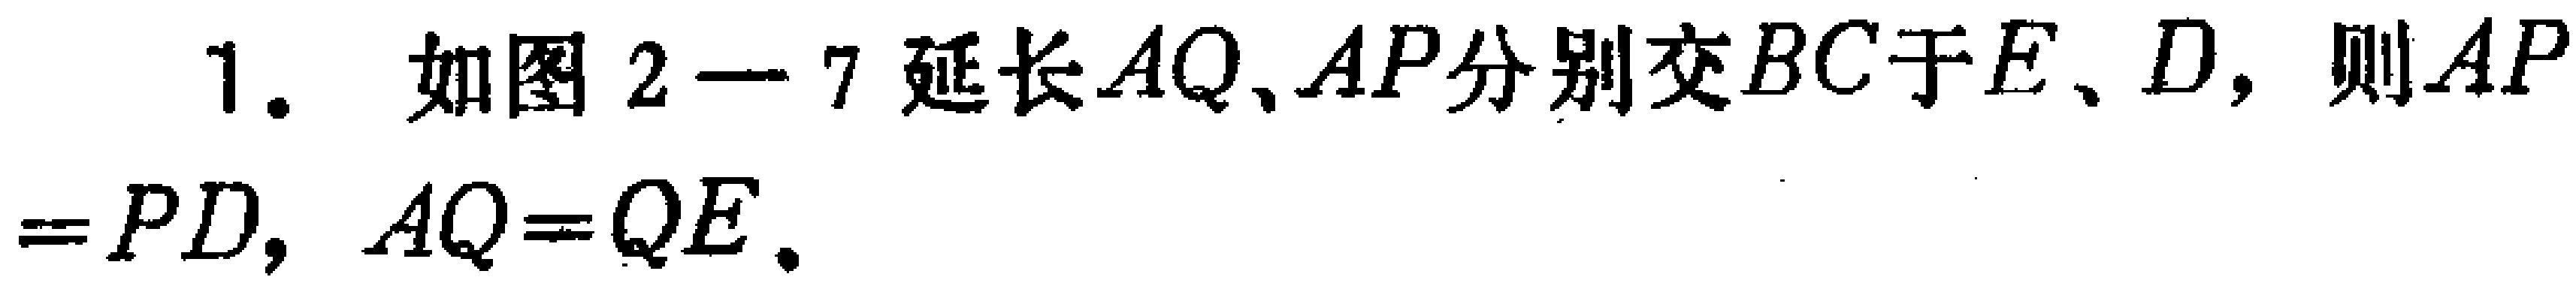
1. 如图2—7延长\(AQ,AP\)分别交\(BC\)于\(E、D\)，则\(AP = PD\)，\(AQ = QE\)。